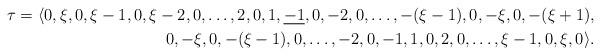
LaTeX: \begin{align*} \tau = \langle 0,\xi,0,\xi-1,0,\xi-2,0,\dots,2,0,1,\underline{-1},0,-2,0,\dots,-(\xi-1),0,-\xi,0,-(\xi+1),\\ 0,-\xi,0,-(\xi-1),0,\dots,-2,0,-1,1,0,2,0,\dots,\xi-1,0,\xi,0 \rangle.\end{align*}